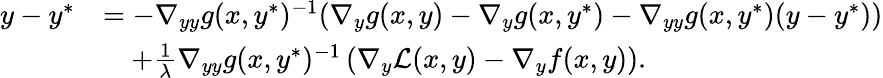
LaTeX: \begin{array}{rl}{y-y^{*}}&{=-\nabla_{yy}g(x,y^{*})^{-1}(\nabla_{y}g(x,y)-\nabla_{y}g(x,y^{*})-\nabla_{yy}g(x,y^{*})(y-y^{*}))}\\ &{\quad+\frac{1}{\lambda}\nabla_{yy}g(x,y^{*})^{-1}\left(\nabla_{y}\mathcal{L}(x,y)-\nabla_{y}f(x,y)\right).}\end{array}